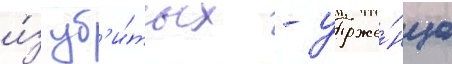
и́з уб'и́тых - уроже́нца